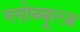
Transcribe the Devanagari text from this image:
ग्लोब्यूल्ज़